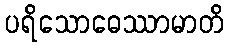
ပရိသောဓေဿာမာတိ